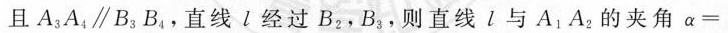
且A_{3}A_{4} \parallel B_{3}B_{4}，直线l经过B_{2}B_{3}，则直线l与A_{1}A_{2}的夹角$$α =